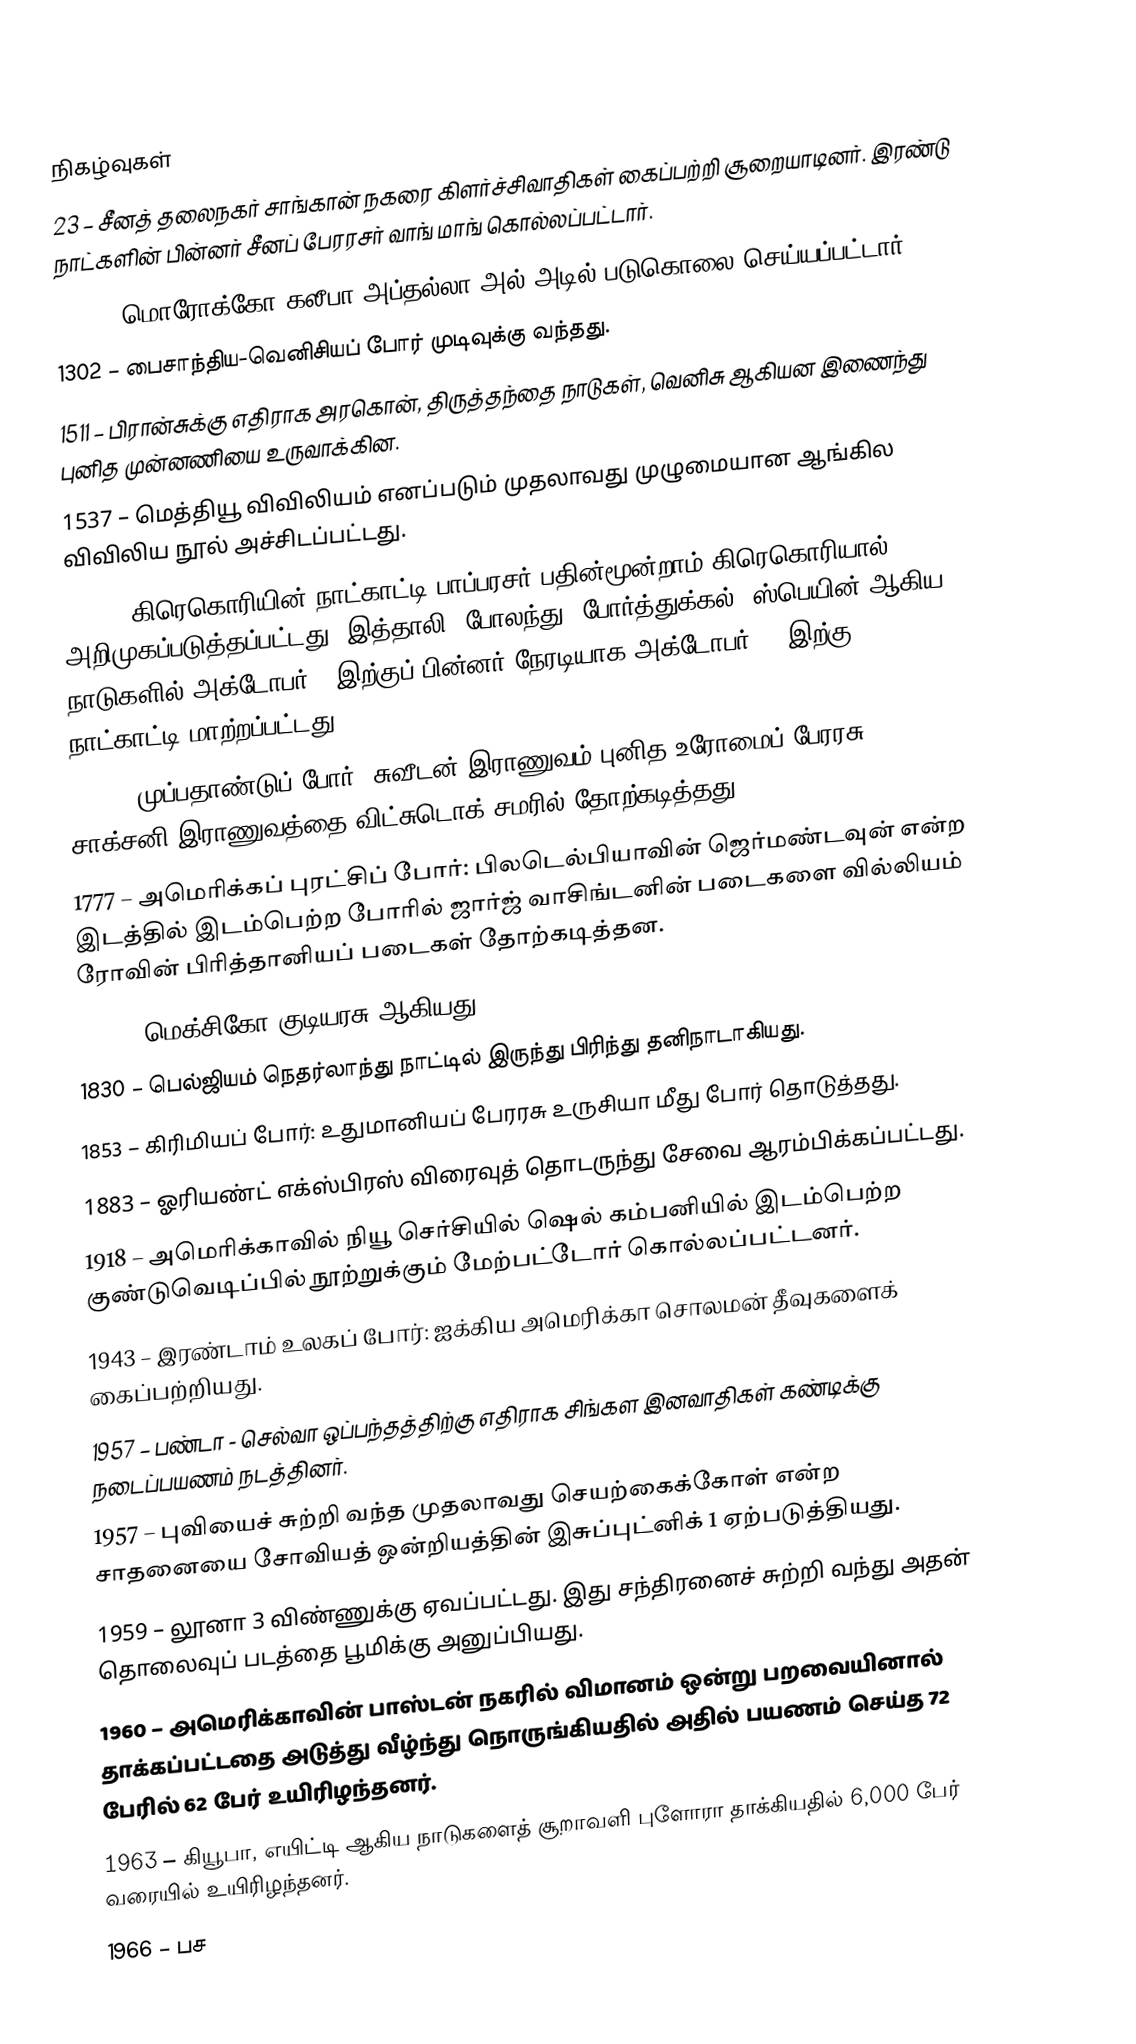

நிகழ்வுகள்
23 – சீனத் தலைநகர் சாங்கான் நகரை கிளர்ச்சிவாதிகள் கைப்பற்றி சூறையாடினர். இரண்டு நாட்களின் பின்னர் சீனப் பேரரசர் வாங் மாங் கொல்லப்பட்டார்.
1227 – மொரோக்கோ கலீபா அப்தல்லா அல்-அடில் படுகொலை செய்யப்பட்டார்.
1302 – பைசாந்திய-வெனிசியப் போர் முடிவுக்கு வந்தது.
1511 – பிரான்சுக்கு எதிராக அரகொன், திருத்தந்தை நாடுகள், வெனிசு ஆகியன இணைந்து புனித முன்னணியை உருவாக்கின.
1537 – மெத்தியூ விவிலியம் எனப்படும் முதலாவது முழுமையான ஆங்கில விவிலிய நூல் அச்சிடப்பட்டது.
1582 – கிரெகொரியின் நாட்காட்டி பாப்பரசர் பதின்மூன்றாம் கிரெகொரியால் அறிமுகப்படுத்தப்பட்டது. இத்தாலி, போலந்து, போர்த்துக்கல், ஸ்பெயின் ஆகிய நாடுகளில் அக்டோபர் 4 இற்குப் பின்னர் நேரடியாக அக்டோபர் 15 இற்கு நாட்காட்டி மாற்றப்பட்டது.
1636 – முப்பதாண்டுப் போர்: சுவீடன் இராணுவம் புனித உரோமைப் பேரரசு, சாக்சனி இராணுவத்தை விட்சுடொக் சமரில் தோற்கடித்தது.
1777 – அமெரிக்கப் புரட்சிப் போர்: பிலடெல்பியாவின் ஜெர்மண்டவுன் என்ற இடத்தில் இடம்பெற்ற போரில் ஜார்ஜ் வாசிங்டனின் படைகளை வில்லியம் ரோவின் பிரித்தானியப் படைகள் தோற்கடித்தன.
1824 – மெக்சிகோ குடியரசு ஆகியது.
1830 – பெல்ஜியம் நெதர்லாந்து நாட்டில் இருந்து பிரிந்து தனிநாடாகியது.
1853 – கிரிமியப் போர்: உதுமானியப் பேரரசு உருசியா மீது போர் தொடுத்தது.
1883 – ஓரியண்ட் எக்ஸ்பிரஸ் விரைவுத் தொடருந்து சேவை ஆரம்பிக்கப்பட்டது.
1918 – அமெரிக்காவில் நியூ செர்சியில் ஷெல் கம்பனியில் இடம்பெற்ற குண்டுவெடிப்பில் நூற்றுக்கும் மேற்பட்டோர் கொல்லப்பட்டனர்.
1943 – இரண்டாம் உலகப் போர்: ஐக்கிய அமெரிக்கா சொலமன் தீவுகளைக் கைப்பற்றியது.
1957 – பண்டா - செல்வா ஒப்பந்தத்திற்கு எதிராக சிங்கள இனவாதிகள் கண்டிக்கு நடைப்பயணம் நடத்தினர்.
1957 – புவியைச் சுற்றி வந்த முதலாவது செயற்கைக்கோள் என்ற சாதனையை சோவியத் ஒன்றியத்தின் இசுப்புட்னிக் 1 ஏற்படுத்தியது.
1959 – லூனா 3 விண்ணுக்கு ஏவப்பட்டது. இது சந்திரனைச் சுற்றி வந்து அதன் தொலைவுப் படத்தை பூமிக்கு அனுப்பியது.
1960 – அமெரிக்காவின் பாஸ்டன் நகரில் விமானம் ஒன்று பறவையினால் தாக்கப்பட்டதை அடுத்து வீழ்ந்து நொருங்கியதில் அதில் பயணம் செய்த 72 பேரில் 62 பேர் உயிரிழந்தனர்.
1963 – கியூபா, எயிட்டி ஆகிய நாடுகளைத் சூறாவளி புளோரா தாக்கியதில் 6,000 பேர் வரையில் உயிரிழந்தனர்.
1966 – பச